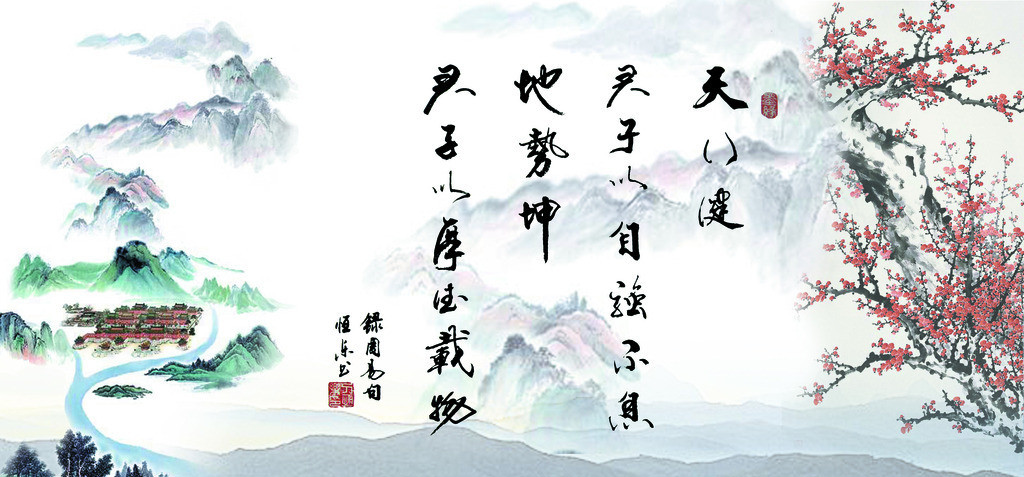
天行健君子以自强不息。